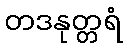
တဒနုတ္တရံ